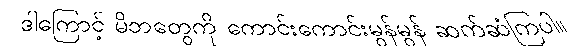
ဒါကြောင့် မိဘတွေကို ကောင်းကောင်းမွန်မွန် ဆက်ဆံကြပါ။